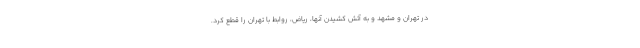
در تهران و مشهد و به آتش کشیدن آنها، ریاض، روابط با تهران را قطع کرد.